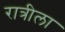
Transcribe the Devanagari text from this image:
रात्रीला